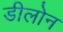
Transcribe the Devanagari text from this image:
डीलोन